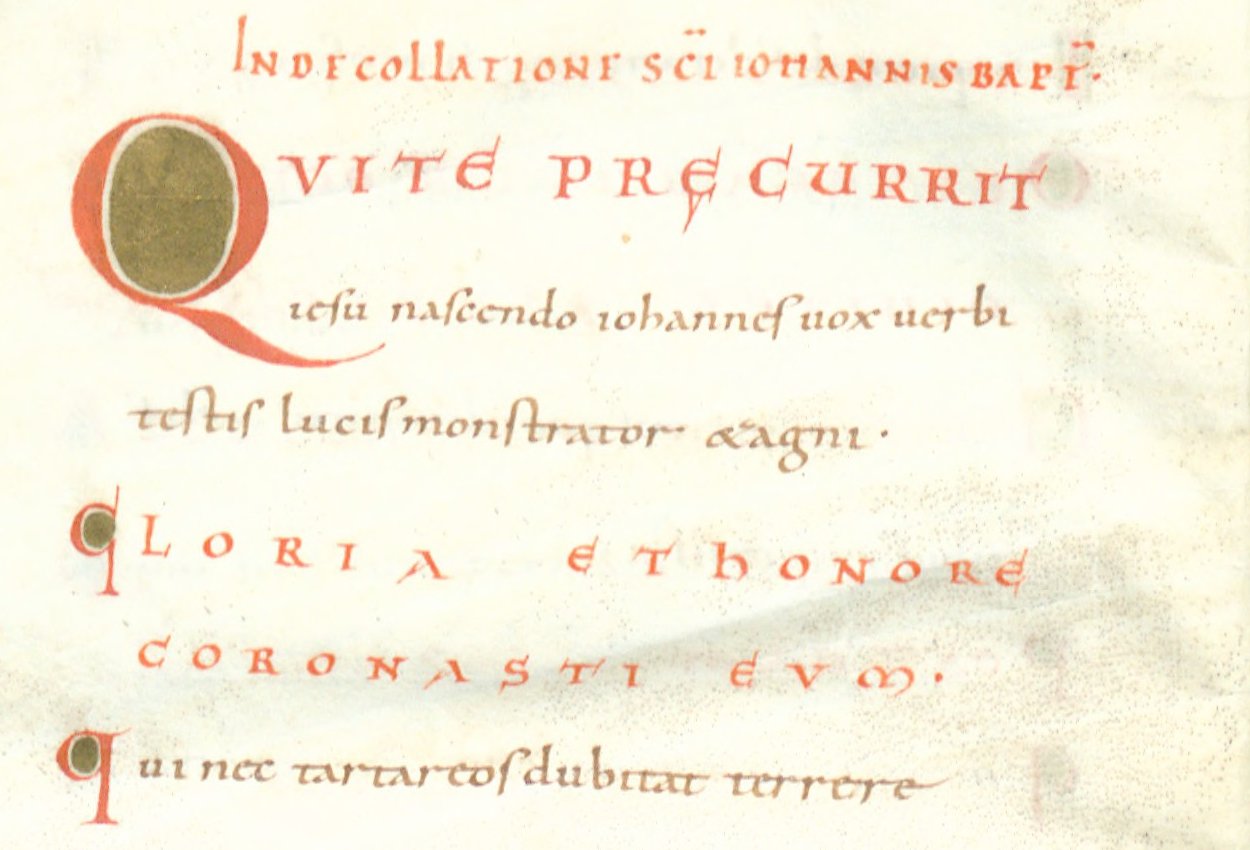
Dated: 1024–1027